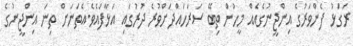
ރަގަޅު ފެންވަރުގެ އިންޖީނުގެއެއް މީހުން ތިބޭ ސަރަހައްދަށްވުރެ ދުރުގައި އަޅާފައެވެ.އެތަނަށް ތިނަ އިންޖީނުގެ